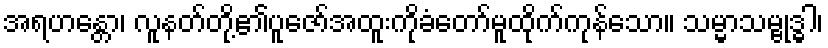
အရဟန္တော၊ လူနတ်တို့၏ပူဇော်အထူးကိုခံတော်မူထိုက်ကုန်သော။ သမ္မာသမ္ဗုဒ္ဓါ၊